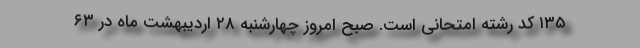
۱۳۵ کد رشته امتحانی است. صبح امروز چهارشنبه ۲۸ اردیبهشت ماه در ۶۳